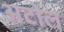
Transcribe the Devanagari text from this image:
अटोल